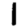
Digit: 1